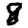
Digit: 8